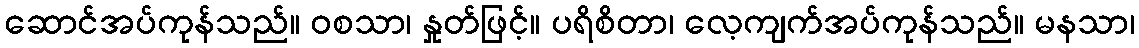
ဆောင်အပ်ကုန်သည်။ ဝစသာ၊ နှုတ်ဖြင့်။ ပရိစိတာ၊ လေ့ကျက်အပ်ကုန်သည်။ မနသာ၊